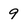
Character: 9